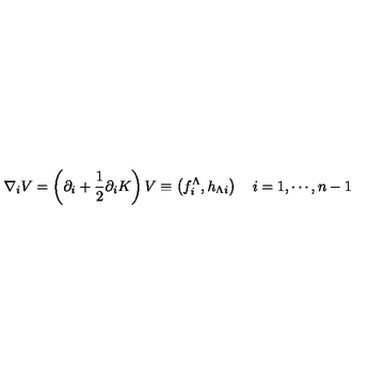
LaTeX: \nabla _ { i } V = \left( \partial _ { i } + { \frac { 1 } { 2 } } \partial _ { i } K \right) V \equiv \left( f _ { i } ^ { \Lambda } , h _ { \Lambda i } \right) \quad i = 1 , \cdots , n - 1